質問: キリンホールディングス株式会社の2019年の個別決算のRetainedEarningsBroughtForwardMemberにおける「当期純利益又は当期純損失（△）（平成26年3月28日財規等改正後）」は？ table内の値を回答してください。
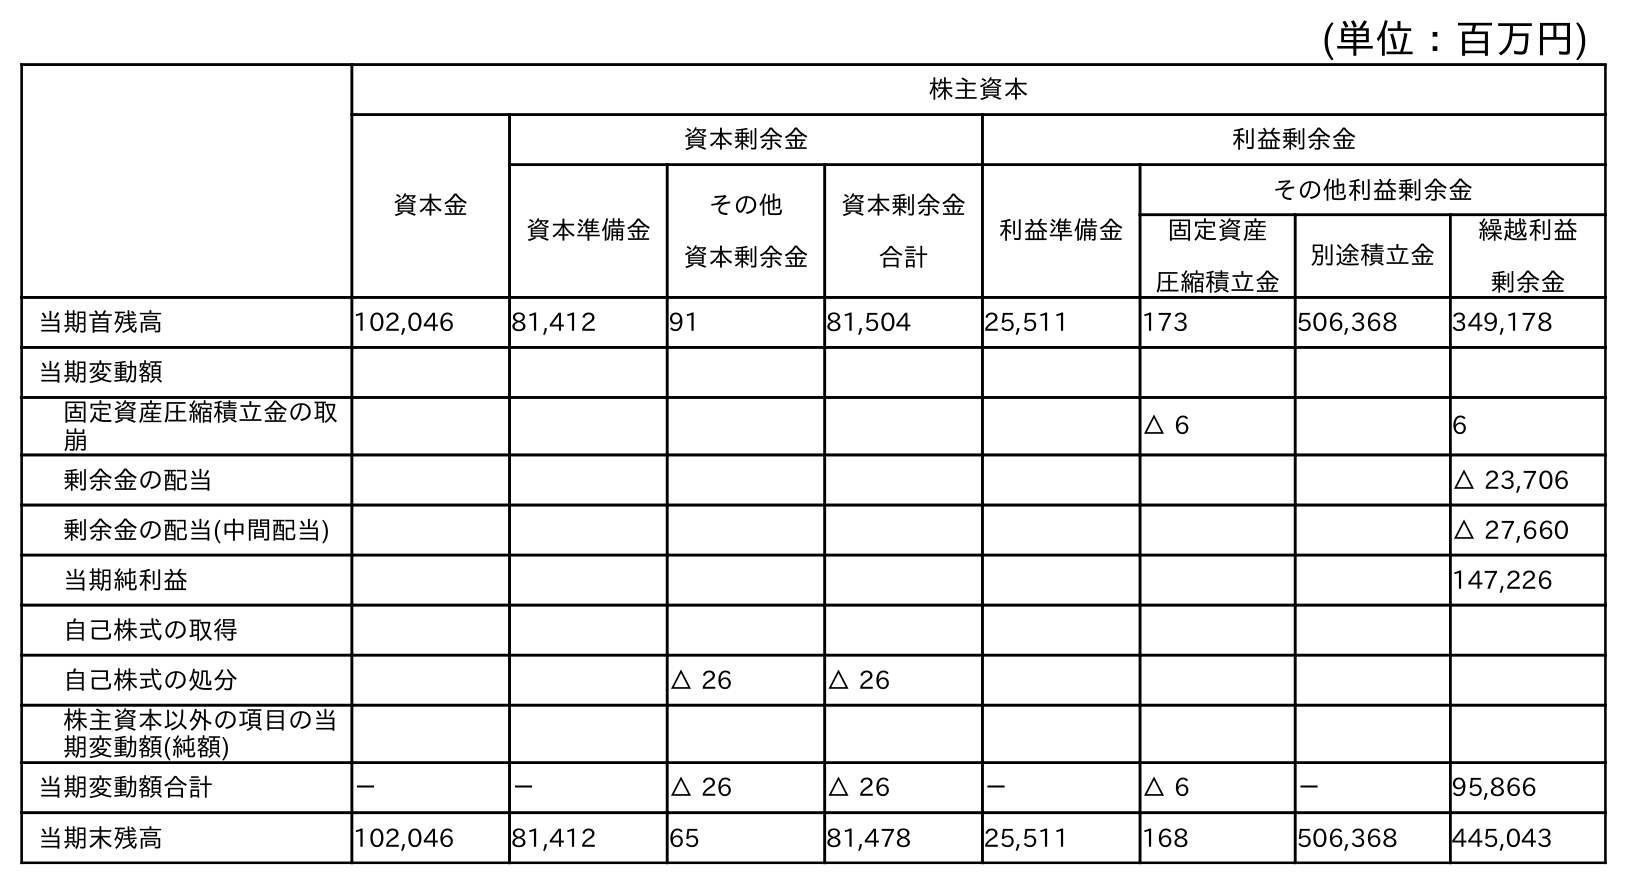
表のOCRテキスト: (単位：百万円) 株主資本 資本金 資本剰余金 利益剰余金 資本準備金 その他 資本剰余金 資本剰余金 合計 利益準備金 その他利益剰余金 固定資産 圧縮積立金 別途積立金 繰越利益 剰余金 当期首残高 102,046 81,412 91 81,504 25,511 173 506,368 349,178 当期変動額 固定資産圧縮積立金の取 崩 △ 6 6 剰余金の配当 △ 23,706 剰余金の配当(中間配当) △ 27,660 当期純利益 147,226 自己株式の取得 自己株式の処分 △ 26 △ 26 株主資本以外の項目の当 期変動額(純額) 当期変動額合計 － － △ 26 △ 26 － △ 6 － 95,866 当期末残高 102,046 81,412 65 81,478 25,511 168 506,368 445,043
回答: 147,226